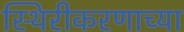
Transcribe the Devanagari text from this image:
स्थिरीकरणाच्या